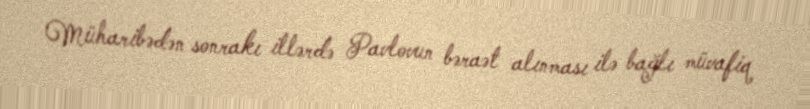
Müharibədən sonrakı illərdə Pavlovun bəraət alınması ilə bağlı müvafiq